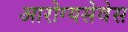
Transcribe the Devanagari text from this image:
आरोग्यसेवेस